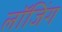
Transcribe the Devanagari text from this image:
लाॅजिंग